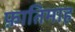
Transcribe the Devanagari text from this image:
फ़ातिमाह